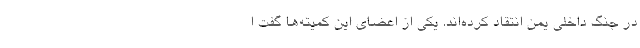
در جنگ داخلی یمن انتقاد کرده‌اند. یکی از اعضای این کمیته‌ها گفت ا